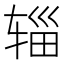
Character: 辎